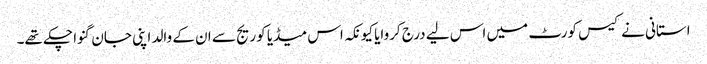
استانی نے کیس کورٹ میں اس لیے درج کروایا کیونکہ اس میڈیا کوریج سے ان کے والد اپنی جان گنوا چکے تھے۔